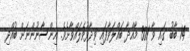
14 ބާބު ގައި ވާ 301 މާއްދާ ބައްލަވާފައި ވިދާޅުވެލައްވާށެވެ. އިންސާނުންނަށް ބުއްދި